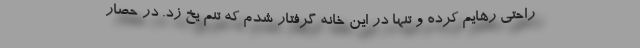
راحتی رهایم کرده و تنها در این خانه گرفتار شدم که تنم یخ زد. در حصار